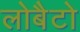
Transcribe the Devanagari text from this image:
लोबैटो